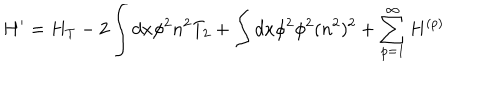
H ^ { \prime } = H _ { T } - 2 \int d x \phi ^ { 2 } n ^ { 2 } T _ { 2 } + \int d x \phi ^ { 2 } \phi ^ { 2 } ( n ^ { 2 } ) ^ { 2 } + \sum _ { p = 1 } ^ { \infty } H ^ { ( p ) }